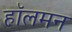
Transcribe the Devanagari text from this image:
हॉलमन